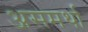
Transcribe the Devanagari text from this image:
असमर्था